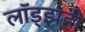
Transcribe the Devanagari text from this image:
लॉड्झही